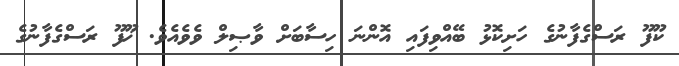
ކޫފޫ ރަސްގެފާނުގެ ހަށިކޮޅު ބޭއްވިފައި އޮންނަ ހިސާބަށް ވާޞިލް ވެވެއެވެ. ޚޫފޫ ރަސްގެފާނުގެ